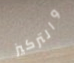
والتركيز